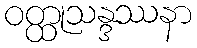
ဝတ္ထုသန္ဒဿနာ